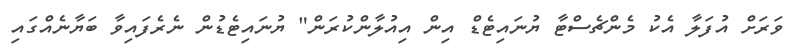
ވަރަށް އުފަލާ އެކު މެންޗެސްޓާ ޔުނައިޓެޑް އިން އިއުލާންކުރަން" ޔުނައިޓެޑުން ނެރެފައިވާ ބަޔާނެއްގައި